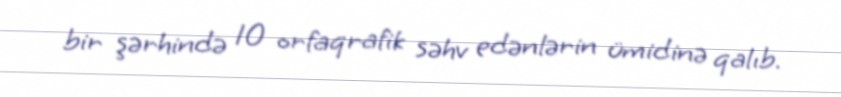
bir şərhində 10 orfaqrafik səhv edənlərin ümidinə qalıb.